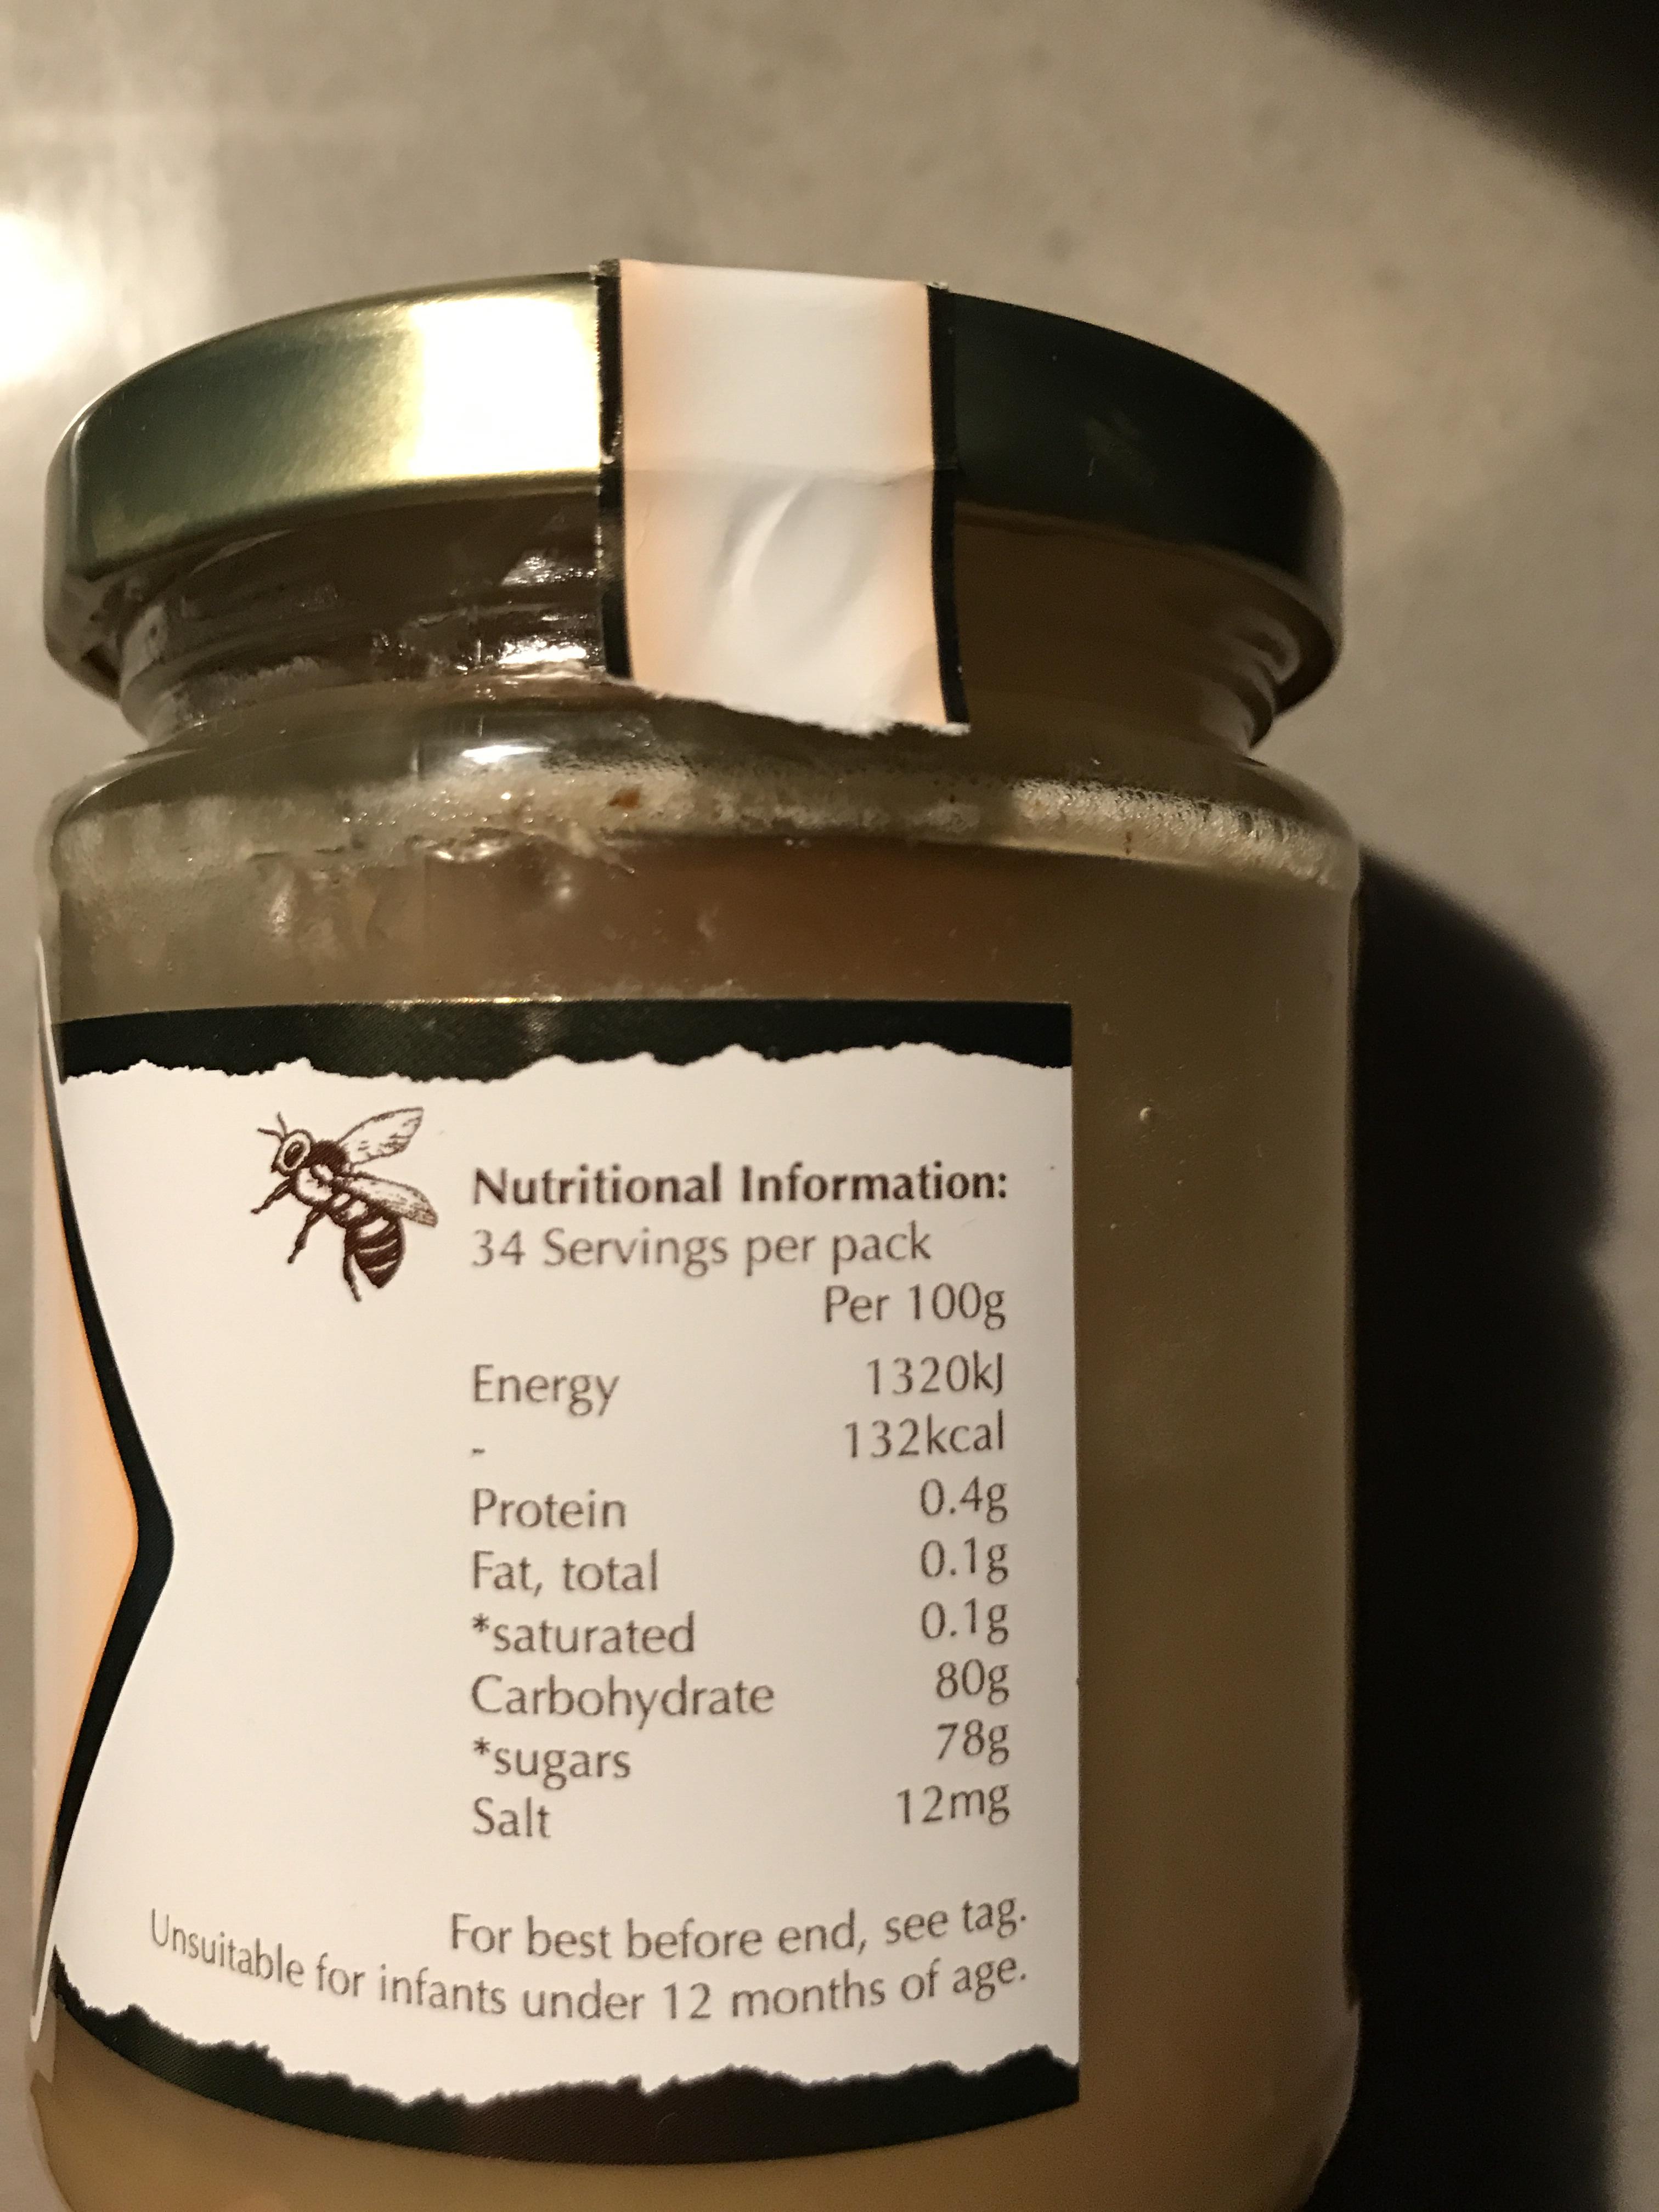
Nutritional Information: 34 Servings per pack Per 100g 1320KJ 132kcal 0.4g 0.1g 0.1g 80g 78g 12mg Energy Protein Fat, total *saturated Carbohydrate *ugars Salt Unsuitable for infants under 12 months of age. For best before end, see tag.